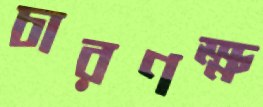
চারণক্ষ